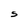
Character: 5